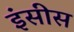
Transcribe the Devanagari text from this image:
इंसीस